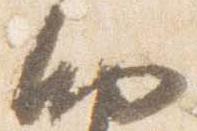
納